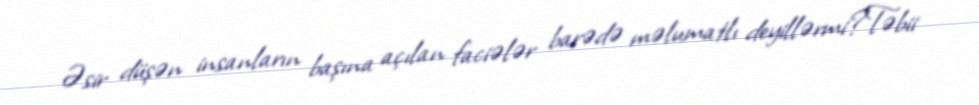
Əsir düşən insanların başına açılan faciələr barədə məlumatlı deyillərmi?Təbii